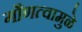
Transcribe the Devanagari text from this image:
गौणत्वामुळे